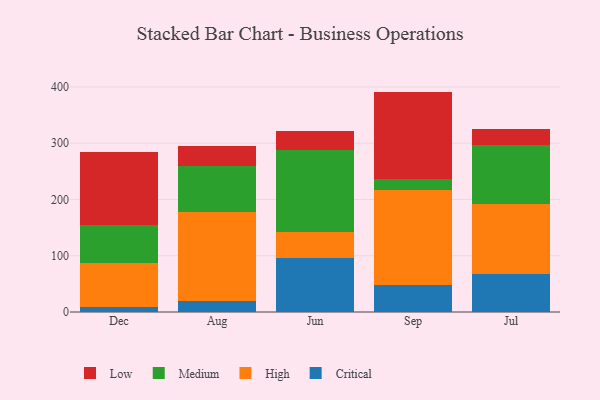
{"axis": {"x": "Month", "y": "Tickets Resolved"}, "legend": ["Critical", "High", "Low", "Medium"], "data": [{"x": "Dec", "y": 9.4, "type": "Critical"}, {"x": "Dec", "y": 78.4, "type": "High"}, {"x": "Dec", "y": 67.4, "type": "Medium"}, {"x": "Dec", "y": 130.0, "type": "Low"}, {"x": "Aug", "y": 20.4, "type": "Critical"}, {"x": "Aug", "y": 156.6, "type": "High"}, {"x": "Aug", "y": 83.2, "type": "Medium"}, {"x": "Aug", "y": 34.1, "type": "Low"}, {"x": "Jun", "y": 96.3, "type": "Critical"}, {"x": "Jun", "y": 46.7, "type": "High"}, {"x": "Jun", "y": 144.6, "type": "Medium"}, {"x": "Jun", "y": 33.6, "type": "Low"}, {"x": "Sep", "y": 48.8, "type": "Critical"}, {"x": "Sep", "y": 167.7, "type": "High"}, {"x": "Sep", "y": 20.2, "type": "Medium"}, {"x": "Sep", "y": 155.0, "type": "Low"}, {"x": "Jul", "y": 67.1, "type": "Critical"}, {"x": "Jul", "y": 124.0, "type": "High"}, {"x": "Jul", "y": 105.2, "type": "Medium"}, {"x": "Jul", "y": 29.0, "type": "Low"}]}